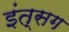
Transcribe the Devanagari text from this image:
इंत्सग